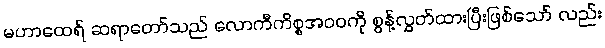
မဟာထေရ် ဆရာတော်သည် လောကီကိစ္စအဝဝကို စွန့်လွှတ်ထားပြီးဖြစ်သော် လည်း